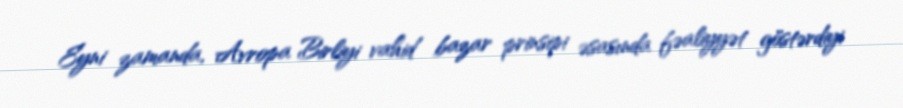
Eyni zamanda, Avropa Birliyi vahid bazar prinsipi əsasında fəaliyyət göstərdiyi